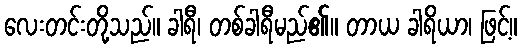
လေးတင်းတို့သည်။ ခါရီ၊ တစ်ခါရီမည်၏။ တာယ ခါရိယာ၊ ဖြင့်။